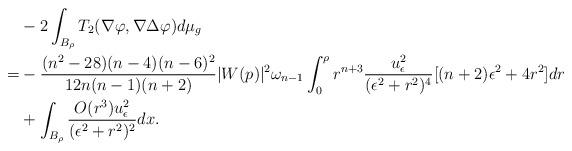
LaTeX: \begin{align*}& -2\int_{B_\rho} T_2(\nabla\varphi,\nabla\Delta\varphi)d\mu_g \\=& -\frac{(n^2-28)(n-4)(n-6)^2}{12n(n-1)(n+2)}|W(p)|^2\omega_{n-1}\int_0^\rho r^{n+3}\frac{u_\epsilon^2}{(\epsilon^2+r^2)^4}[(n+2)\epsilon^2+4r^2]dr\\&+\int_{B_\rho}\frac{O(r^3)u_\epsilon^2}{(\epsilon^2+r^2)^2}dx.\end{align*}